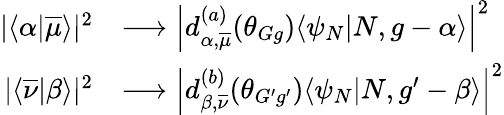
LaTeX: \begin{array}{rl}{|\langle\alpha|\overline{{\mu}}\rangle|^{2}}&{\longrightarrow\left|d_{\alpha,\overline{{\mu}}}^{(a)}(\theta_{Gg})\langle\psi_{N}|N,g-\alpha\rangle\right|^{2}}\\ {|\langle\overline{{\nu}}|\beta\rangle|^{2}}&{\longrightarrow\left|d_{\beta,\overline{{\nu}}}^{(b)}(\theta_{G^{\prime}g^{\prime}})\langle\psi_{N}|N,g^{\prime}-\beta\rangle\right|^{2}}\end{array}